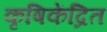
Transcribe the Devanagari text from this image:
कृषिकेंद्रित